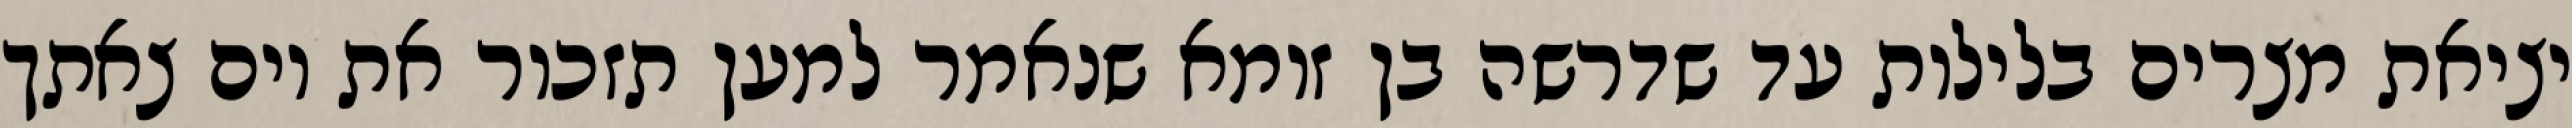
יציאת מצרים בלילות עד שדרשה בן זומא שנאמר למען תזכור את יום צאתך